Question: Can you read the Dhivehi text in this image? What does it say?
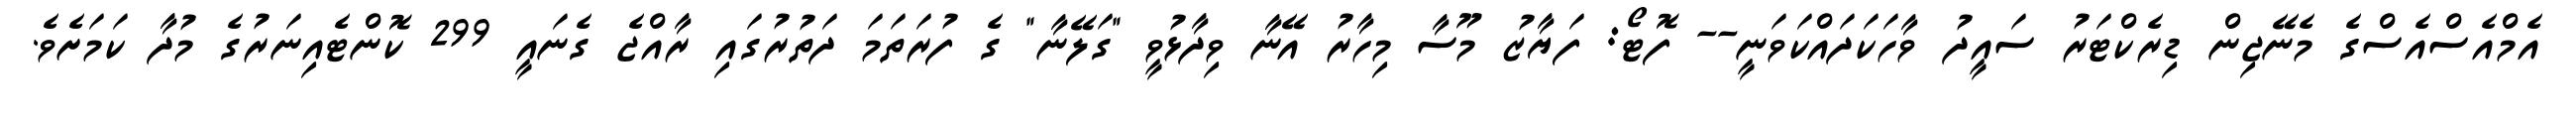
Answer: އެމްއެސްއެސްގެ މެނޭޖިން ޑިރެކްޓަރު ސައީދު ވާހަކަދައްކަވަނީ-- ފޮޓޯ: ފަޔާޒު މޫސާ މިހާރު އޭނާ ވިދާޅުވީ "ގަލޭނާ" ގެ ފުރަތަމަ ދަތުރުގައި ރާއްޖެ ގެނައީ 299 ކޮންޓެއިނަރުގެ މުދާ ކަމަށެވެ.